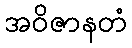
အဝိဇာနတံ